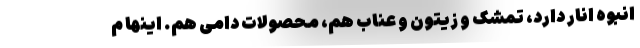
انبوه انار دارد، تمشک و زیتون و عناب هم، محصولات دامی هم. اینها م